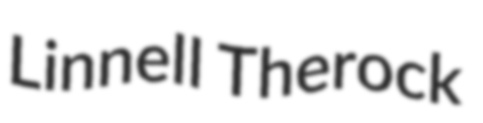
Linnell Therock